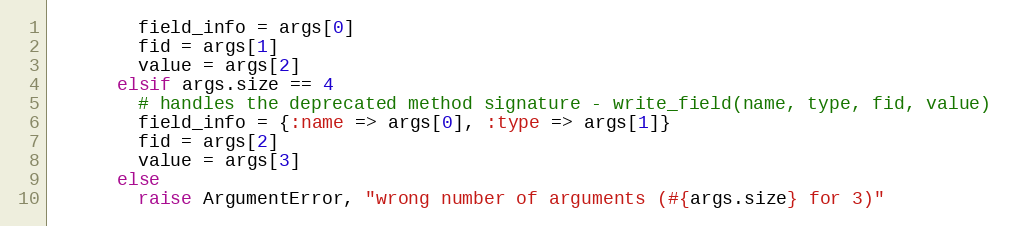
Language: Ruby
        field_info = args[0]
        fid = args[1]
        value = args[2]
      elsif args.size == 4
        # handles the deprecated method signature - write_field(name, type, fid, value)
        field_info = {:name => args[0], :type => args[1]}
        fid = args[2]
        value = args[3]
      else
        raise ArgumentError, "wrong number of arguments (#{args.size} for 3)"